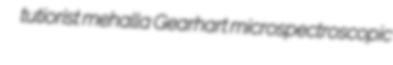
tutiorist mehalla Gearhart microspectroscopic